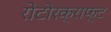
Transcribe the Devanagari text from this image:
रोटोरक्राफ्ट